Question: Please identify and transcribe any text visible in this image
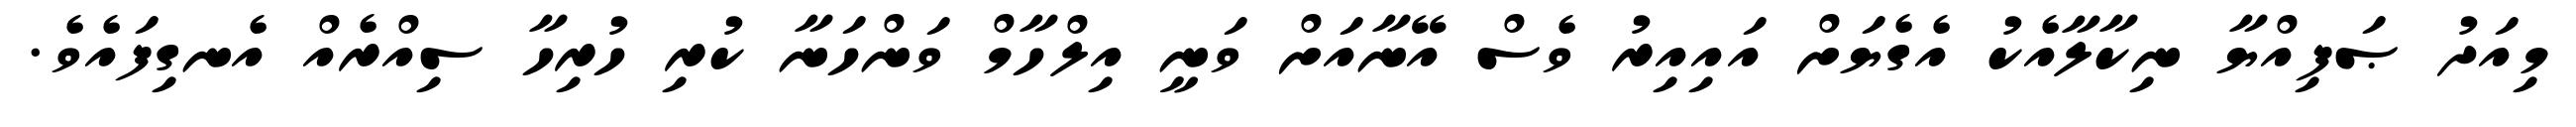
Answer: މިއަދު ޞަފިއްޔާ ނިކާލާއެކު އެގެޔަށް އައިއިރު ވެސް އޭނާއަށް ވަނީ އިލްހާމް ވަންހަނާ ކުރި ހުރިހާ ސިއްރެއް އެނގިފައެވެ.